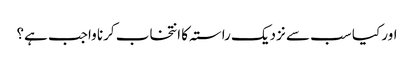
اور کیا سب سے نزدیک راستہ کا انتخاب کرنا واجب ہے؟